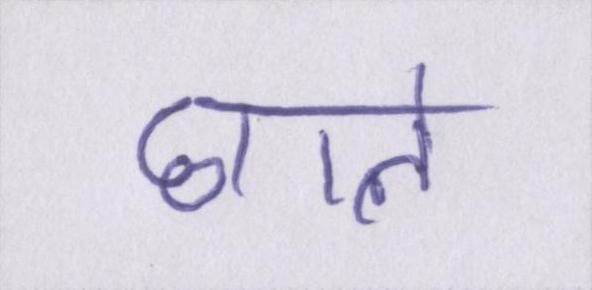
छाले